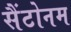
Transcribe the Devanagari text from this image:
सैंटोनम